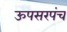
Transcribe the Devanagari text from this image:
ऊपसरपंच